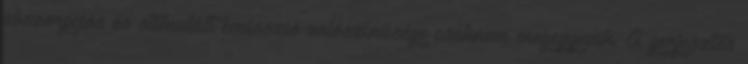
abszorpciós és stimulált emisszió valószínűsége csaknem megegyezik. A gerjesztés